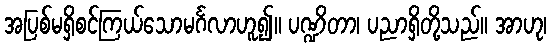
အပြစ်မရှိစင်ကြယ်သောမင်္ဂလာဟူ၍။ ပဏ္ဍိတာ၊ ပညာရှိတို့သည်။ အာဟု၊